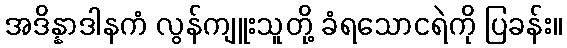
အဒိန္နာဒါနကံ လွန်ကျူးသူတို့ ခံရသောငရဲကို ပြခန်း။